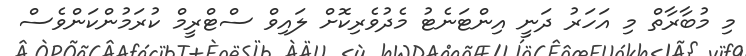
މި މުބާރާތް މި އަހަރު ދަނީ އިންޓަނެޓު މެދުވެރިކޮށް ލައިވް ސްޓްރީމް ކުރަމުންކަންވެސް